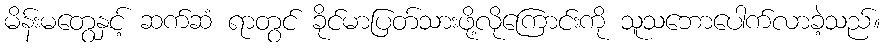
မိန်းမတွေနှင့် ဆက်ဆံ ရာတွင် ခိုင်မာပြတ်သားဖို့လိုကြောင်းကို သူသဘောပေါက်လာခဲ့သည်။